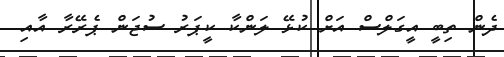
ދެން ތިބީ އީގަލްސް އަށް ކުޅޭ ލަންކާ ކީޕަރު ސުޖަން ޕެރޭރާ އާއި